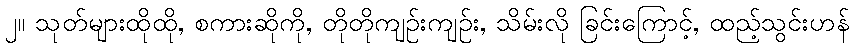
၂။ သုတ်များထိုထို, စကားဆိုကို, တိုတိုကျဉ်းကျဉ်း, သိမ်းလို ခြင်းကြောင့်, ထည့်သွင်းဟန်